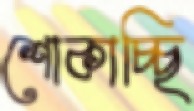
শোকাচ্ছি